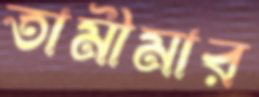
তামীমার